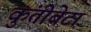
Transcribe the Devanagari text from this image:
कुंतीबेटा